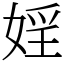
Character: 婬